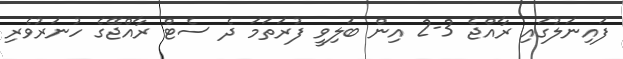
ފައިނަލުގައި ރާއްޖެ 3-2 އިން ބަލިވީ ފުރަތަމަ ދެ ސެޓް ރާއްޖޭގެ ހުނަރުވެރި